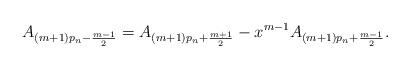
LaTeX: \begin{align*}A_{(m+1)p_n-\frac{m-1}{2}}=A_{(m+1)p_n+\frac{m+1}{2}}-x^{m-1}A_{(m+1)p_n+\frac{m-1}{2}}.\end{align*}